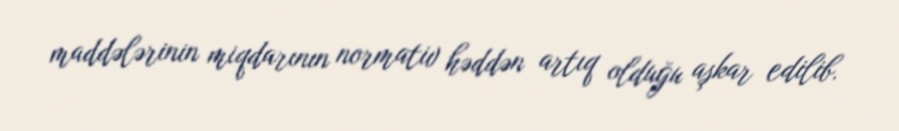
maddələrinin miqdarının normativ həddən artıq olduğu aşkar edilib.